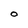
Character: O